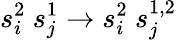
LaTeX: s_{i}^{2}\ s_{j}^{1}\to s_{i}^{2}\ s_{j}^{1,2}